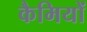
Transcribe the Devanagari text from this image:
कैमियों